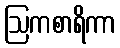
ဩကစာရိကာ